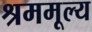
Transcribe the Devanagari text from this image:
श्रममूल्य